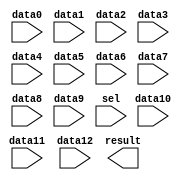
// megafunction wizard: %LPM_MUX%VBB%
// GENERATION: STANDARD
// VERSION: WM1.0
// MODULE: LPM_MUX 

// ============================================================
// Megafunction Name(s):
// 			LPM_MUX
//
// Simulation Library Files(s):
// 			lpm
// ============================================================
// ************************************************************
// THIS IS A WIZARD-GENERATED FILE. DO NOT EDIT THIS FILE!
//
// 18.1.0 Build 625 09/12/2018 SJ Lite Edition
// ************************************************************

//Copyright (C) 2018  Intel Corporation. All rights reserved.
//Your use of Intel Corporation's design tools, logic functions 
//and other software and tools, and its AMPP partner logic 
//functions, and any output files from any of the foregoing 
//(including device programming or simulation files), and any 
//associated documentation or information are expressly subject 
//to the terms and conditions of the Intel Program License 
//Subscription Agreement, the Intel Quartus Prime License Agreement,
//the Intel FPGA IP License Agreement, or other applicable license
//agreement, including, without limitation, that your use is for
//the sole purpose of programming logic devices manufactured by
//Intel and sold by Intel or its authorized distributors.  Please
//refer to the applicable agreement for further details.

module mux_carry (
	data0,
	data1,
	data10,
	data11,
	data12,
	data2,
	data3,
	data4,
	data5,
	data6,
	data7,
	data8,
	data9,
	sel,
	result);

	input	  data0;
	input	  data1;
	input	  data10;
	input	  data11;
	input	  data12;
	input	  data2;
	input	  data3;
	input	  data4;
	input	  data5;
	input	  data6;
	input	  data7;
	input	  data8;
	input	  data9;
	input	[3:0]  sel;
	output	  result;

endmodule

// ============================================================
// CNX file retrieval info
// ============================================================
// Retrieval info: PRIVATE: INTENDED_DEVICE_FAMILY STRING "Cyclone IV E"
// Retrieval info: PRIVATE: SYNTH_WRAPPER_GEN_POSTFIX STRING "0"
// Retrieval info: PRIVATE: new_diagram STRING "1"
// Retrieval info: LIBRARY: lpm lpm.lpm_components.all
// Retrieval info: CONSTANT: LPM_SIZE NUMERIC "13"
// Retrieval info: CONSTANT: LPM_TYPE STRING "LPM_MUX"
// Retrieval info: CONSTANT: LPM_WIDTH NUMERIC "1"
// Retrieval info: CONSTANT: LPM_WIDTHS NUMERIC "4"
// Retrieval info: USED_PORT: data0 0 0 0 0 INPUT NODEFVAL "data0"
// Retrieval info: USED_PORT: data1 0 0 0 0 INPUT NODEFVAL "data1"
// Retrieval info: USED_PORT: data10 0 0 0 0 INPUT NODEFVAL "data10"
// Retrieval info: USED_PORT: data11 0 0 0 0 INPUT NODEFVAL "data11"
// Retrieval info: USED_PORT: data12 0 0 0 0 INPUT NODEFVAL "data12"
// Retrieval info: USED_PORT: data2 0 0 0 0 INPUT NODEFVAL "data2"
// Retrieval info: USED_PORT: data3 0 0 0 0 INPUT NODEFVAL "data3"
// Retrieval info: USED_PORT: data4 0 0 0 0 INPUT NODEFVAL "data4"
// Retrieval info: USED_PORT: data5 0 0 0 0 INPUT NODEFVAL "data5"
// Retrieval info: USED_PORT: data6 0 0 0 0 INPUT NODEFVAL "data6"
// Retrieval info: USED_PORT: data7 0 0 0 0 INPUT NODEFVAL "data7"
// Retrieval info: USED_PORT: data8 0 0 0 0 INPUT NODEFVAL "data8"
// Retrieval info: USED_PORT: data9 0 0 0 0 INPUT NODEFVAL "data9"
// Retrieval info: USED_PORT: result 0 0 0 0 OUTPUT NODEFVAL "result"
// Retrieval info: USED_PORT: sel 0 0 4 0 INPUT NODEFVAL "sel[3..0]"
// Retrieval info: CONNECT: @data 0 0 1 0 data0 0 0 0 0
// Retrieval info: CONNECT: @data 0 0 1 1 data1 0 0 0 0
// Retrieval info: CONNECT: @data 0 0 1 10 data10 0 0 0 0
// Retrieval info: CONNECT: @data 0 0 1 11 data11 0 0 0 0
// Retrieval info: CONNECT: @data 0 0 1 12 data12 0 0 0 0
// Retrieval info: CONNECT: @data 0 0 1 2 data2 0 0 0 0
// Retrieval info: CONNECT: @data 0 0 1 3 data3 0 0 0 0
// Retrieval info: CONNECT: @data 0 0 1 4 data4 0 0 0 0
// Retrieval info: CONNECT: @data 0 0 1 5 data5 0 0 0 0
// Retrieval info: CONNECT: @data 0 0 1 6 data6 0 0 0 0
// Retrieval info: CONNECT: @data 0 0 1 7 data7 0 0 0 0
// Retrieval info: CONNECT: @data 0 0 1 8 data8 0 0 0 0
// Retrieval info: CONNECT: @data 0 0 1 9 data9 0 0 0 0
// Retrieval info: CONNECT: @sel 0 0 4 0 sel 0 0 4 0
// Retrieval info: CONNECT: result 0 0 0 0 @result 0 0 1 0
// Retrieval info: GEN_FILE: TYPE_NORMAL mux_carry.v TRUE
// Retrieval info: GEN_FILE: TYPE_NORMAL mux_carry.inc FALSE
// Retrieval info: GEN_FILE: TYPE_NORMAL mux_carry.cmp FALSE
// Retrieval info: GEN_FILE: TYPE_NORMAL mux_carry.bsf TRUE
// Retrieval info: GEN_FILE: TYPE_NORMAL mux_carry_inst.v FALSE
// Retrieval info: GEN_FILE: TYPE_NORMAL mux_carry_bb.v TRUE
// Retrieval info: LIB_FILE: lpm